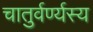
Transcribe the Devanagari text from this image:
चातुर्वर्ण्यस्य